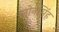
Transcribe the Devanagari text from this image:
लोनसिंह